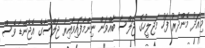
މިއަދު މެންދުރު ފަހު މަޖިލީހުގެ ޖަލްސާ ބާއްވަން ނިންމާފައިވާއިރު ޖަލްސާގެ އެޖެންޑާ ވެސް